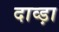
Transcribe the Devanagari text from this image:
दाव्ड़ा